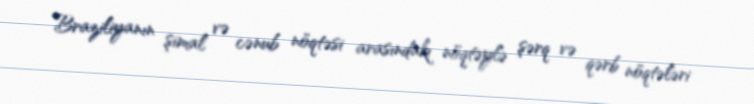
Braziliyanın şimal və cənub nöqtəsi arasındakı nöqtəylə şərq və qərb nöqtələri